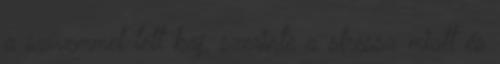
a szívemmel lett baj, szerinte a stressz miatt és